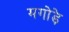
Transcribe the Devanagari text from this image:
मगोड़े